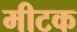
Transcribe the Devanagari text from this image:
मीटक